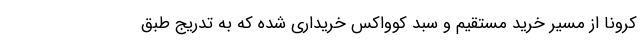
کرونا از مسیر خرید مستقیم و سبد کوواکس خریداری شده که به تدریج طبق